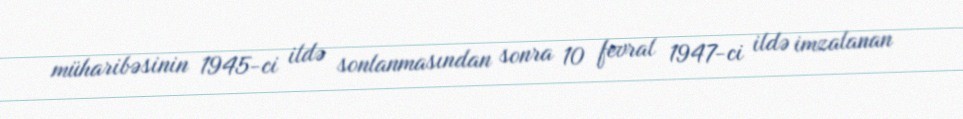
müharibəsinin 1945-ci ildə sonlanmasından sonra 10 fevral 1947-ci ildə imzalanan